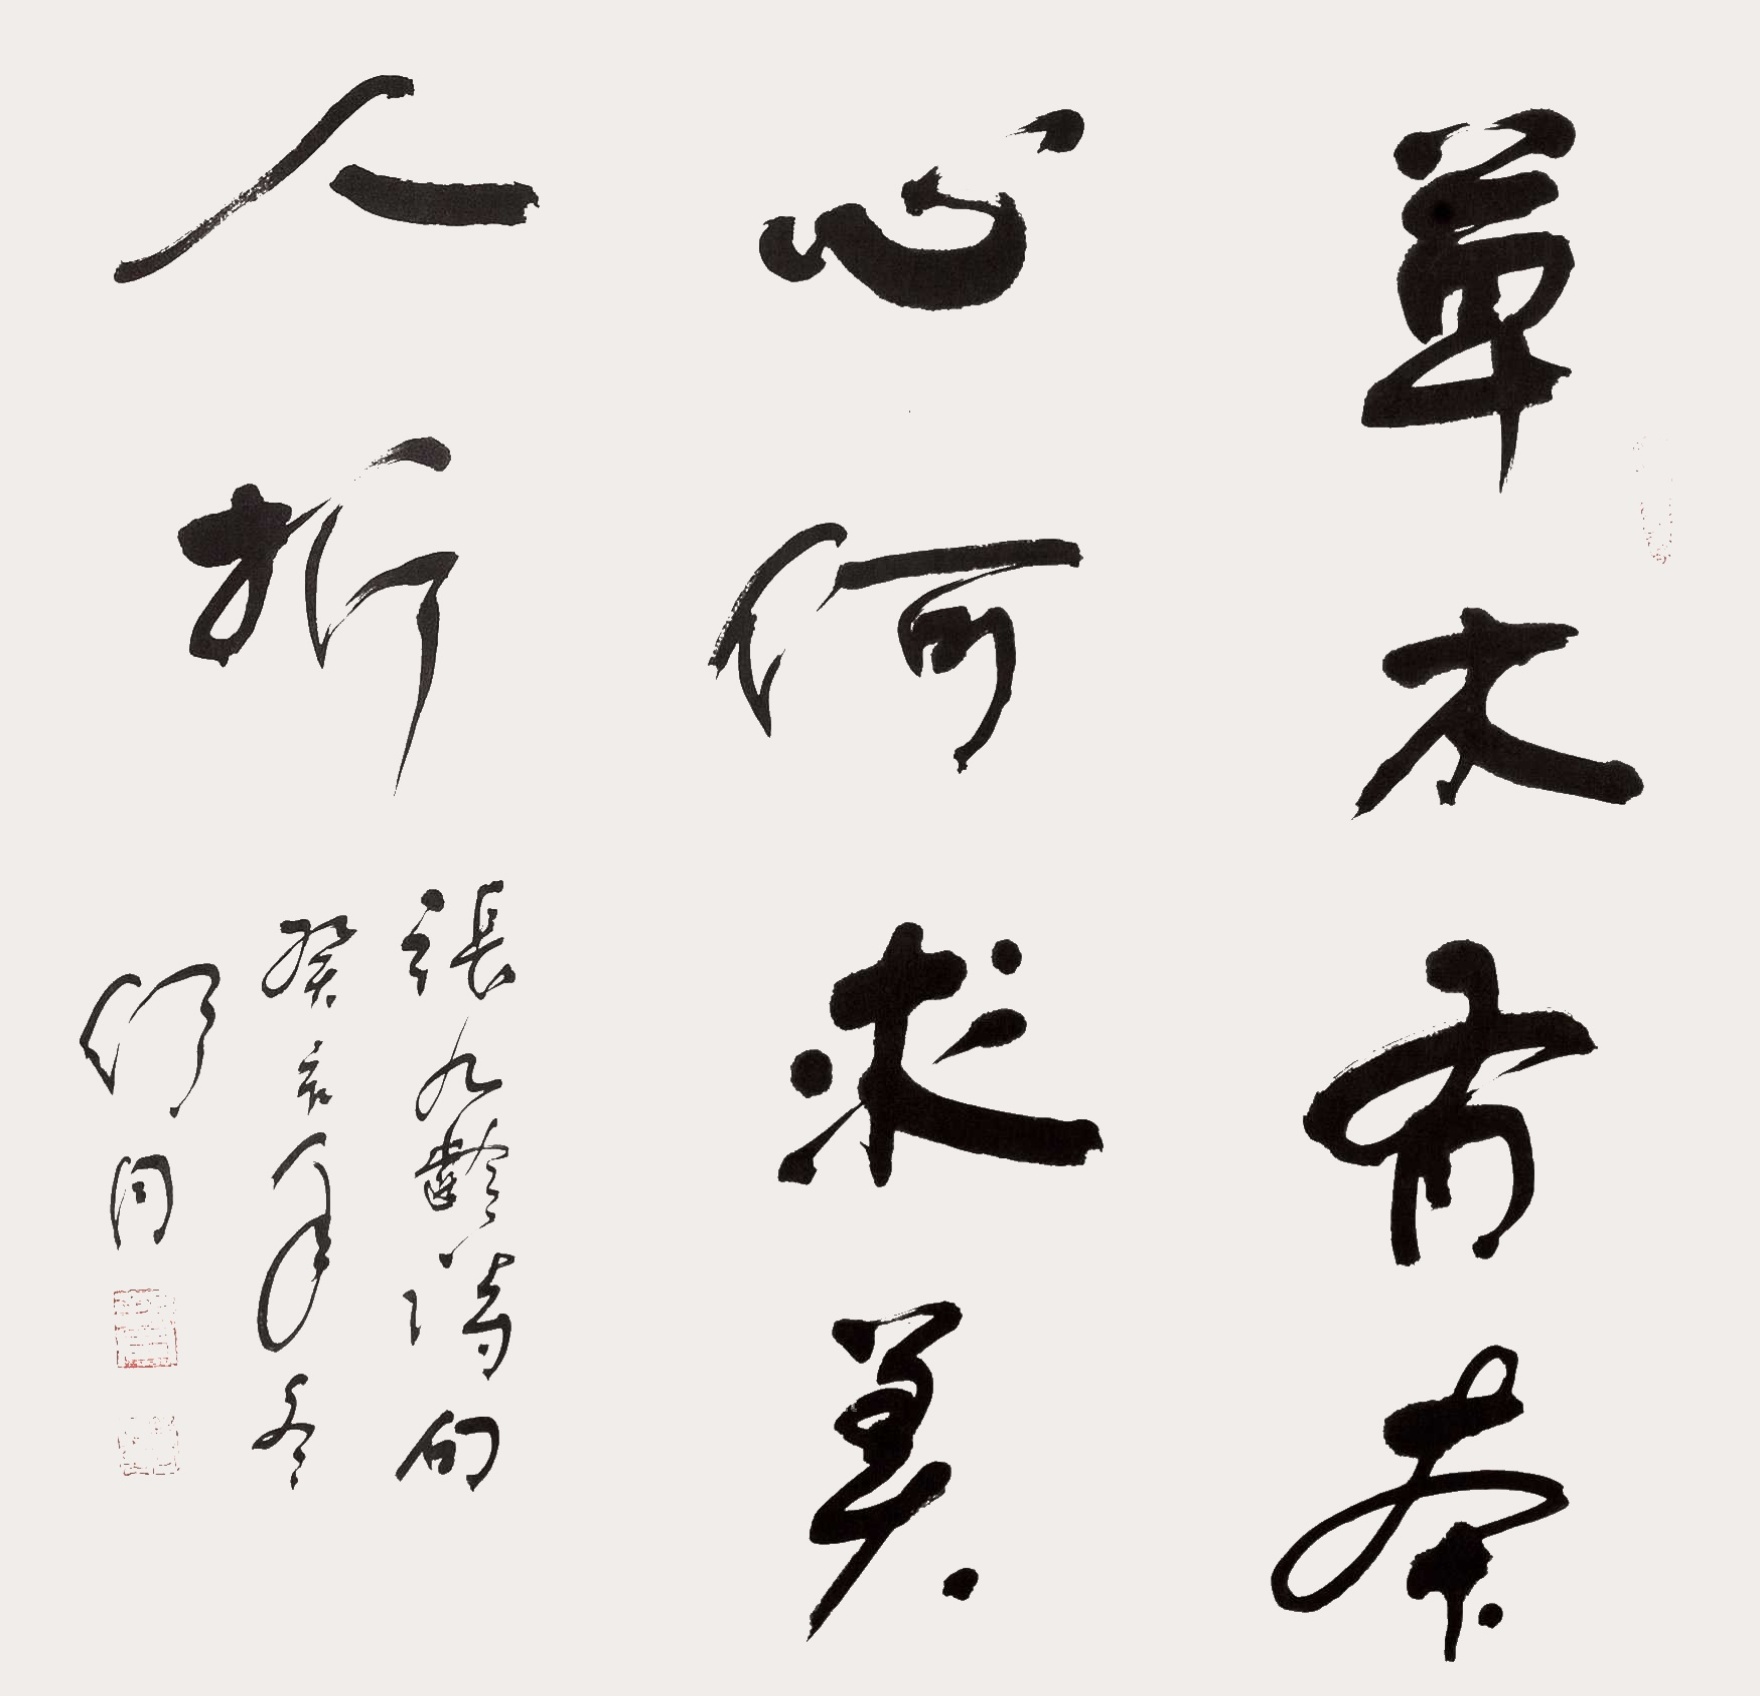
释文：草木有本心，何求美人折。张九龄诗句，癸亥年冬舒同。